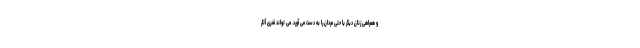
و همراهی زنان دیگر یا حتی مردان را به دست می آورد. می تواند قدری آثار